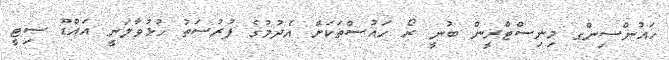
ހައުންސިންގ މިނިސްޓްރީން ބުނީ ރޯ ހައުސްތަކަށް އެދުމުގެ ފުރުސަތު ހުޅުވާލަނީ އައްޑޫ ސިޓީ